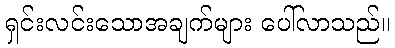
ရှင်းလင်းသောအချက်များ ပေါ်လာသည်။